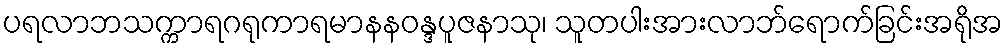
ပရလာဘသက္ကာရဂရုကာရမာနနဝန္ဒပူဇနာသု၊ သူတပါးအားလာဘ်ရောက်ခြင်းအရိုအ